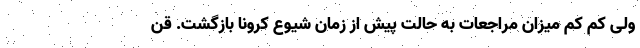
ولی کم کم میزان مراجعات به حالت پیش از زمان شیوع کرونا بازگشت. قن